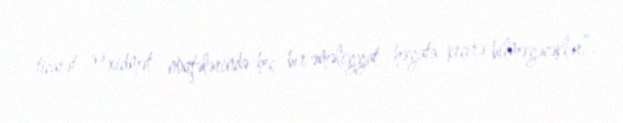
ticarət və xidmət nöqtələrində heç bir əməliyyat həyata keçirə bilməyəcəklər”.